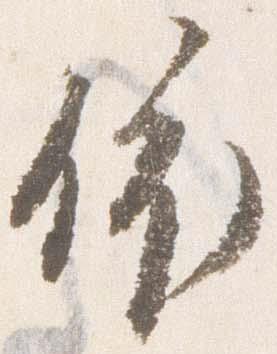
依